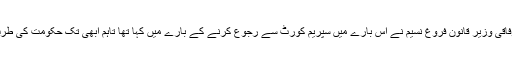
واضح رہے کہ دو ارکان کا حلف نہ لیے جانے پر حکومت نالاں ہے اور وفاقی وزیر قانون فروغ نسیم نے اس بارے میں سپریم کورٹ سے رجوع کرنے کے بارے میں کہا تھا تاہم ابھی تک حکومت کی طرف سے عدالت عظمیٰ میں ایسی کوئی درخواست جمع نہیں کروائی گئی ہے۔